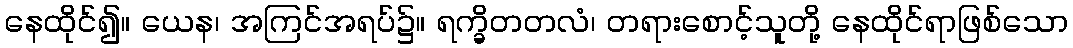
နေထိုင်၍။ ယေန၊ အကြင်အရပ်၌။ ရက္ခိတတလံ၊ တရားစောင့်သူတို့ နေထိုင်ရာဖြစ်သော